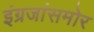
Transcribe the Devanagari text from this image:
इंग्रजांसमोर